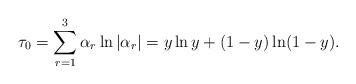
LaTeX: \begin{align*}\tau_0 = \sum_{r=1}^3 \alpha_r \ln |\alpha_r| = y \ln y +(1-y) \ln (1-y).\end{align*}